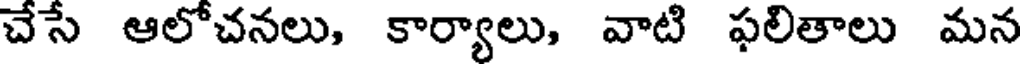
చేసే ఆలోచనలు, కార్యాలు, వాటి ఫలితాలు మన